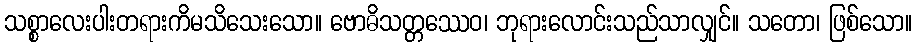
သစ္စာလေးပါးတရားကိမသိသေးသော။ ဗောဓိသတ္တဿေဝ၊ ဘုရားလောင်းသည်သာလျှင်။ သတော၊ ဖြစ်သော။